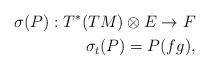
LaTeX: \begin{align*}\sigma(P):T^*(TM)\otimes E\rightarrow F\\\sigma_t(P)=P(fg),\end{align*}